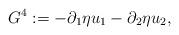
LaTeX: \begin{align*}G^{4} := -\partial_{1} \eta u_{1} - \partial_{2} \eta u_{2}, \end{align*}